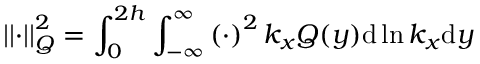
\left| \left| \cdot \right| \right| _ { Q } ^ { 2 } = \int _ { 0 } ^ { 2 h } \int _ { - \infty } ^ { \infty } \left( \cdot \right) ^ { 2 } k _ { x } Q ( y ) \mathrm { d } \ln k _ { x } \mathrm { d } y